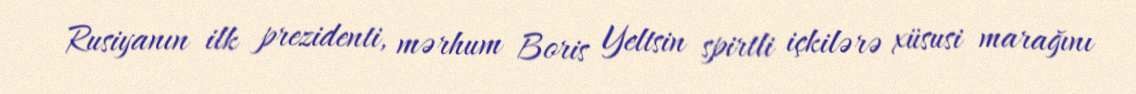
Rusiyanın ilk prezidenti, mərhum Boris Yeltsin spirtli içkilərə xüsusi marağını